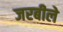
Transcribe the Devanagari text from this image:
जरबीले